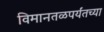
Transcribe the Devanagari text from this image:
विमानतळपर्यंतच्या